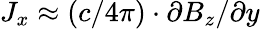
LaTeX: J_{x}\approx(c/4\pi)\cdot\partial B_{z}/\partial y